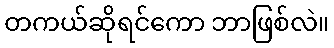
တကယ်ဆိုရင်ကော ဘာဖြစ်လဲ။